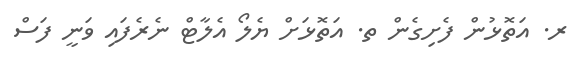
ރ. އަތޮޅުން ފެށިގެން ތ. އަތޮޅަށް ޔެލޯ އެލާޓް ނެރެފައި ވަނީ ފަސް